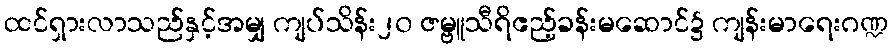
ထင်ရှားလာသည်နှင့်အမျှ ကျပ်သိန်း၂၀ ဇမ္ဗူသီရိဧည့်ခန်းမဆောင်၌ ကျန်းမာရေးဂဏ္ဍ